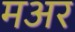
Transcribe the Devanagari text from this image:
मअर